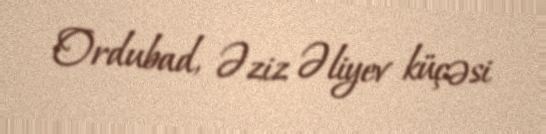
Ordubad, Əziz Əliyev küçəsi